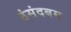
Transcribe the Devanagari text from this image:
ठंसंदबम